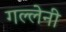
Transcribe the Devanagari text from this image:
गल्लेनी